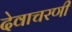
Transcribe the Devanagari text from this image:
देवाचरणी